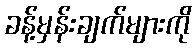
ခန့်မှန်းချက်များကို